Report of the Indian Hemp Drugs Commission, 1894-1895 - Volume IV
Year: 1894
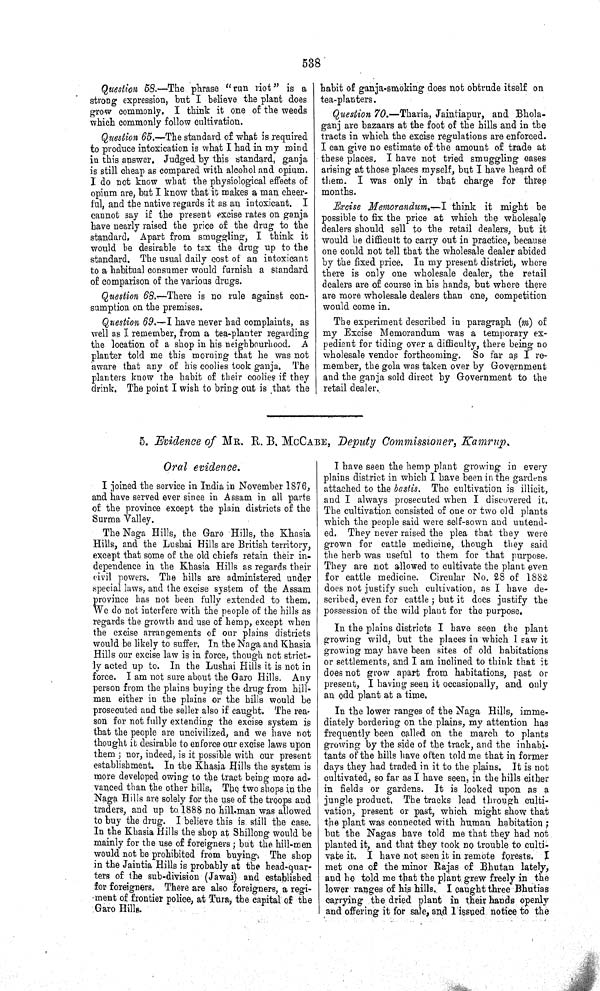
538
Question 58.—The phrase "run riot" is a
strong expression, but I believe the plant does
grow commonly. I think it one of the weeds
which commonly follow cultivation.
Question 65.—The standard of what is required
to produce intoxication is what I had in my mind
in this answer. Judged by this standard, ganja
is still cheap as compared with alcohol and opium.
I do not know what the physiological effects of
opium are, but I know that it makes a man cheer-
ful, and the native regards it as an intoxicant. I
cannot say if the present excise rates on ganja
have nearly raised the price of the drug to the
standard. Apart from smuggling, I think it
would be desirable to tax the drug up to the
standard. The usual daily cost of an intoxicant
to a habitual consumer would furnish a standard
of comparison of the various drugs.
Question 68.—-There is no rule against con-
sumption on the premises.
Question 69.—I have never had complaints, as
well as I remember, from a tea-planter regarding
the location of a shop in his neighbourhood. A
planter told me this morning that he was not
aware that any of his coolies took ganja. The
planters know the habit of their coolies if they
drink. The point I wish to bring out is that the
habit of ganja-smoking does not obtrude itself on
tea-planters.
Question 70.—Tharia, Jaintiapur, and Bhola-
ganj are bazaars at the foot of the hills and in the
tracts in which the excise regulations are enforced.
I can give no estimate of the amount of trade at
these places, I have not tried smuggling cases
arising at those places myself, but I have heard of
them. I was only in that charge for three
months.
Excise Memorandum.—I think it might be
possible to fix the price at which the wholesale
dealers should sell to the retail dealers, but it
would be difficult to carry out in practice, because
one could not tell that the wholesale dealer abided
by the fixed price. In my present district, where
there is only one wholesale dealer, the retail
dealers are of course in his hands, but where there
are more wholesale dealers than one, competition
would come in.
The experiment described in paragraph (m) of
my Excise Memorandum was a temporary ex-
pedient for tiding over a difficulty, there being no
wholesale vendor forthcoming. So far as I re-
member, the gola was taken over by Government
and the ganja sold direct by Government to the
retail dealer.
5. Evidence of MR. R. B. MCCABE, Deputy Commissioner, Kamrup.
Oral evidence.
I joined the service in India in November 1876,
and have served ever since in Assam in all parts
of the province except the plain districts of the
Surma Valley.
The Naga Hills, the Garo Hills, the Khasia
Hills, and the Lushai Hills are British territory,
except that some of the old chiefs retain their in-
dependence in the Khasia Hills as regards their
civil powers. The hills are administered under
special laws, and the excise system of the Assam
province has not been fully extended to them.
We do not interfere with the people of the hills as
regards the growth and use of hemp, except when
the excise arrangements of our plains districts
would be likely to suffer. In the Naga and Khasia
Hills our excise law is in force, though not strict-
ly acted up to. In the Lushai Hills it is not in
force. I am not sure about the Garo Hills. Any
person from the plains buying the drug from hill-
men either in the plains or the hills would be
prosecuted and the seller also if caught. The rea-
son for not fully extending the excise system is
that the people are uncivilized, and we have not
thought it desirable to enforce our excise laws upon
them; nor, indeed, is it possible with our present
establishment. In the Khasia Hills the system is
more developed owing to the tract being more ad-
vanced than the other hills. The two shops in the
Naga Hills are solely for the use of the troops and
traders, and up to 1888 no hill-man was allowed
to buy the drug. I believe this is still the case.
In the Khasia Hills the shop at Shillong would be
mainly for the use of foreigners; but the hill-men
would not be prohibited from buying. The shop
in the Jaintia Hills is probably at the head-quar-
ters of the sub-division (Jawai) and established
for foreigners. There are also foreigners, a regi-
ment of frontier police, at Tura, the capital of the
Garo Hills.
I have seen the hemp plant growing in every
plains district in which I have been in the gardens
attached to the bastis. The cultivation is illicit,
and I always prosecuted when I discovered it.
The cultivation consisted of one or two old plants
which the people said were self-sown and untend-
ed. They never raised the plea that they were
grown for cattle medicine, though they said
the herb was useful to them for that purpose.
They are not allowed to cultivate the plant even
for cattle medicine. Circular No. 28 of 1882
does not justify such cultivation, as I have de-
scribed, even for cattle; but it does justify the
possession of the wild plant for the purpose.
In the plains districts I have seen the plant
growing wild, but the places in which I saw it
growing may have been sites of old habitations
or settlements, and I am inclined to think that it
does not grow apart from habitations, past or
present, I having seen it occasionally, and only
an odd plant at a time.
In the lower ranges of the Naga Hills, imme-
diately bordering on the plains, my attention has
frequently been called on the march to plants
growing by the side of the track, and the inhabi-
tants of the hills have often told me that in former
days they had traded in it to the plains. It is not
cultivated, so far as I have seen, in the hills either
in fields or gardens. It is looked upon as a
jungle product. The tracks lead through culti-
vation, present or past, which might show that
the plant was connected with human habitation;
but the Nagas have told me that they had not
planted it, and that they took no trouble to culti-
vate it. I have not seen it in remote forests. I
met one of the minor Rajas of Bhutan lately,
and he told me that the plant grew freely in the
lower ranges of his hills. I caught three Bhutias
carrying the dried plant in their hands openly
and offering it for sale, and I issued notice to the